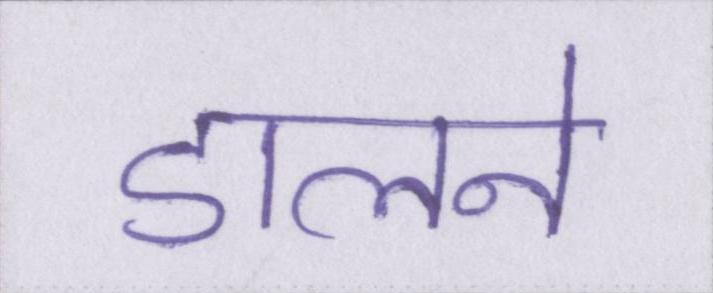
डालने